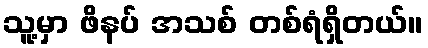
သူ့မှာ ဖိနပ် အသစ် တစ်ရံရှိတယ်။